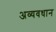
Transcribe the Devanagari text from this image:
अव्यवधान